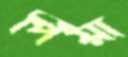
পিঁয়া